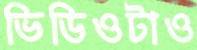
ভিডিওটাও